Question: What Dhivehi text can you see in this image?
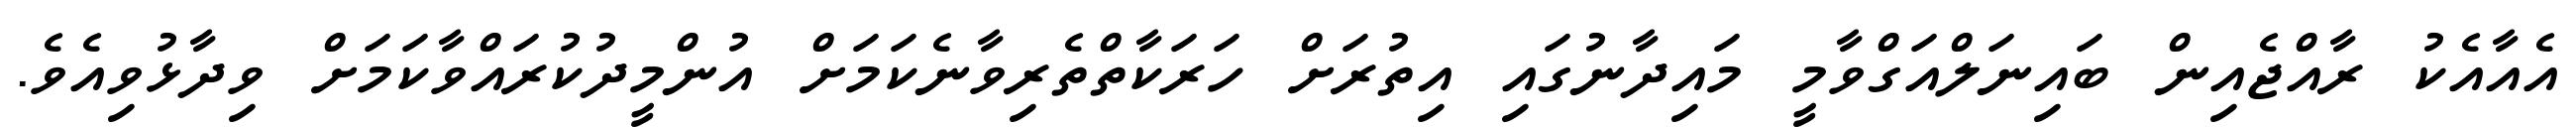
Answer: އެއާއެކު ރާއްޖެއިން ބައިނަލްއަގްވާމީ މައިދާނުގައި އިތުރަށް ހަރަކާތްތެރިވާނެކަމަށް އުންމީދުކުރައްވާކަމަށް ވިދާޅުވިއެވެ.